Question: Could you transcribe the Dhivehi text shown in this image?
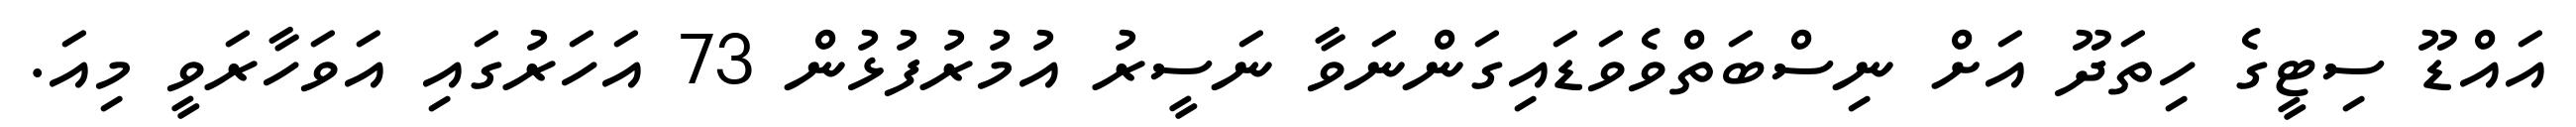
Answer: އައްޑޫ ސިޓީގެ ހިތަދޫ އަށް ނިސްބަތްވެވަޑައިގަންނަވާ ނަސީރު އުމުރުފުޅުން 73 އަހަރުގައި އަވަހާރަވީ މިއަ.